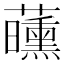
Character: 𬟝